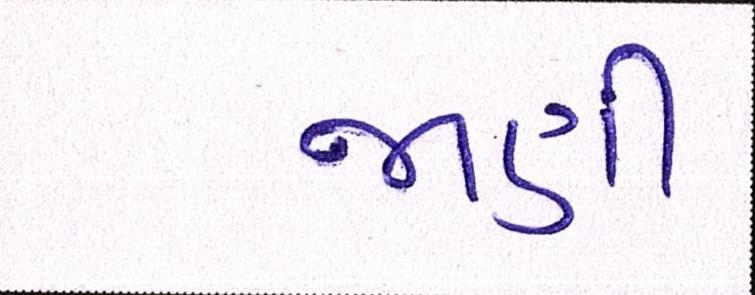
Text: જાતી